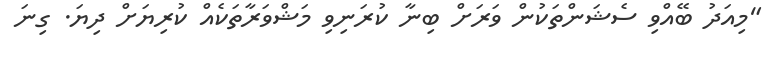
"މިއަދު ބޭއްވި ސެޝަންތަކުން ވަރަށް ބިނާ ކުރަނިވި މަޝްވަރާތަކެއް ކުރިޔަށް ދިޔަ. ގިނަ